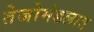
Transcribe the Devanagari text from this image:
तेजोमंडलात